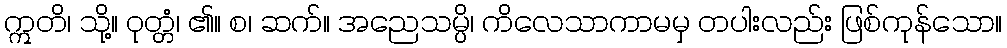
ဣတိ၊ သို့။ ဝုတ္တံ၊ ၏။ စ၊ ဆက်။ အညေသမ္ပိ၊ ကိလေသာကာမမှ တပါးလည်း ဖြစ်ကုန်သော။